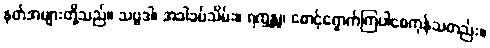
နတ်အများတို့သည်။ သဗ္ဗဒါ၊ အခါခပ်သိမ်း။ ရက္ခန္တု၊ စောင့်ရှောက်ကြပါစေကုန်သတည်း။